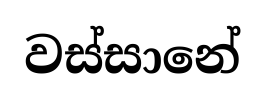
වස්සානේ